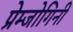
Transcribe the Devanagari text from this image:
प्रेम्जोगिनी